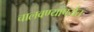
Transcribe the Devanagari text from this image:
चालवण्यापर्यंत